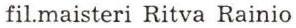
fil.maisteri Ritva Rainio